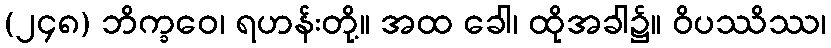
(၂၄၈) ဘိက္ခဝေ၊ ရဟန်းတို့။ အထ ခေါ၊ ထိုအခါ၌။ ဝိပဿိဿ၊